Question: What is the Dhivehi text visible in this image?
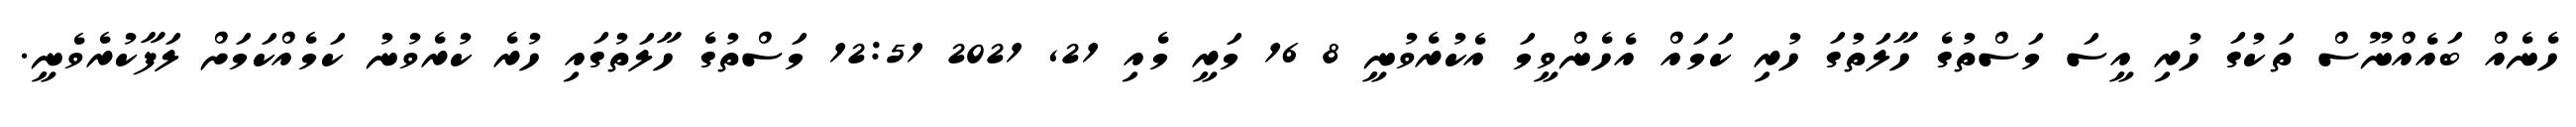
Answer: ހެނެއް ބައެއްނޫސް ތަކުގަ ހުރި އީސަ މަސްތުގެ ހާލަތުގަ ހުރި ކަމައް އެހެންވީމަ އެކުރެވުނީ 8 16 މަރީ މެއި 21, 2021 12:51 މަސްތުގެ ހާލަތުގައި ހުރެ ކުރެވުނު ކަމެއްކަމަށް ލަފާކުރެވެނީ.